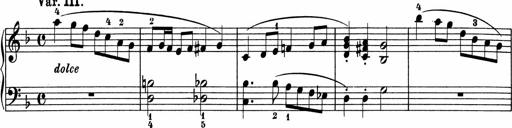
Title: 5 Sonatinen fÃ¼r die Jugend
Composer: Carl Reinecke